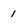
Character: 1